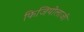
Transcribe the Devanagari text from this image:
फिजियोलाजी